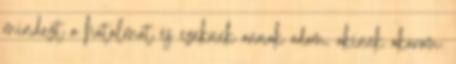
mindezt a hatalmat és ezeknek annak adom, akinek akarom;